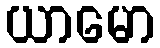
ယာမော